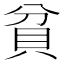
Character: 貧